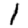
Digit: 1